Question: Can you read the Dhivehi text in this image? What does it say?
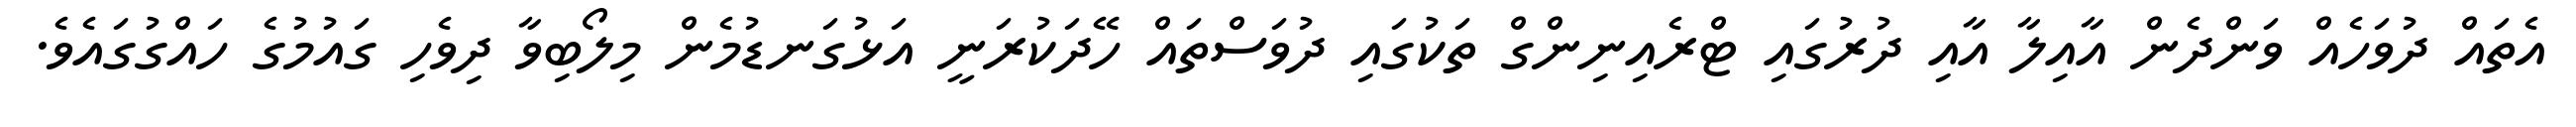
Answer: އެތައް ދުވަހެއް ވަންދެން އާއިލާ އާއި ދުރުގައި ޓްރެއިނިންގް ތަކުގައި ދުވަސްތައް ހޭދަކުރަނީ އަޅުގަނޑުމެން މިލޯބިވާ ދިވެހި ގައުމުގެ ހައްގުގައެވެ.